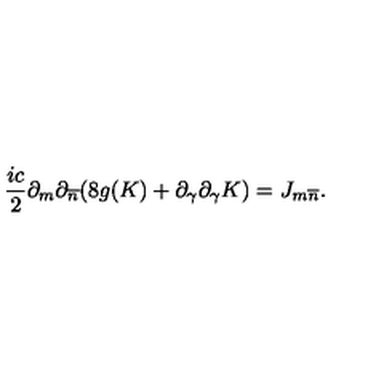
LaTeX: \frac { i c } { 2 } \partial _ { m } \partial _ { \overline { n } } ( 8 g ( K ) + \partial _ { \gamma } \partial _ { \gamma } K ) = J _ { m \overline { { n } } } .